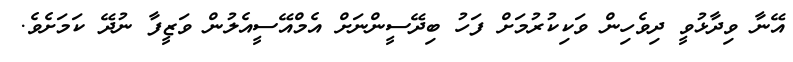
އޭނާ ވިދާޅުވީ ދިވެހިން ވަކިކުރުމަށް ފަހު ބިދޭސީންނަށް އެމްއޭސީއެލުން ވަޒީފާ ނުދޭ ކަމަށެވެ.